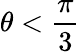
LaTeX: \theta<\frac{\pi}{3}